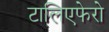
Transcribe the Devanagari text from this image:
टालिएफेरो